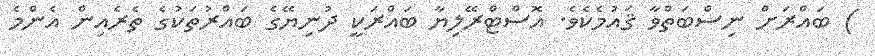
) ބައްރަށް ނިސްބަތްވާ ޤައުމެކެވެ. އޮސްޓްރޭލިޔާ ބައްރަކީ ދުނިޔޭގެ ބައްރުތަކުގެ ތެރެއިން އެންމެ